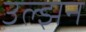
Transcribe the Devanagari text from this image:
उल्झन